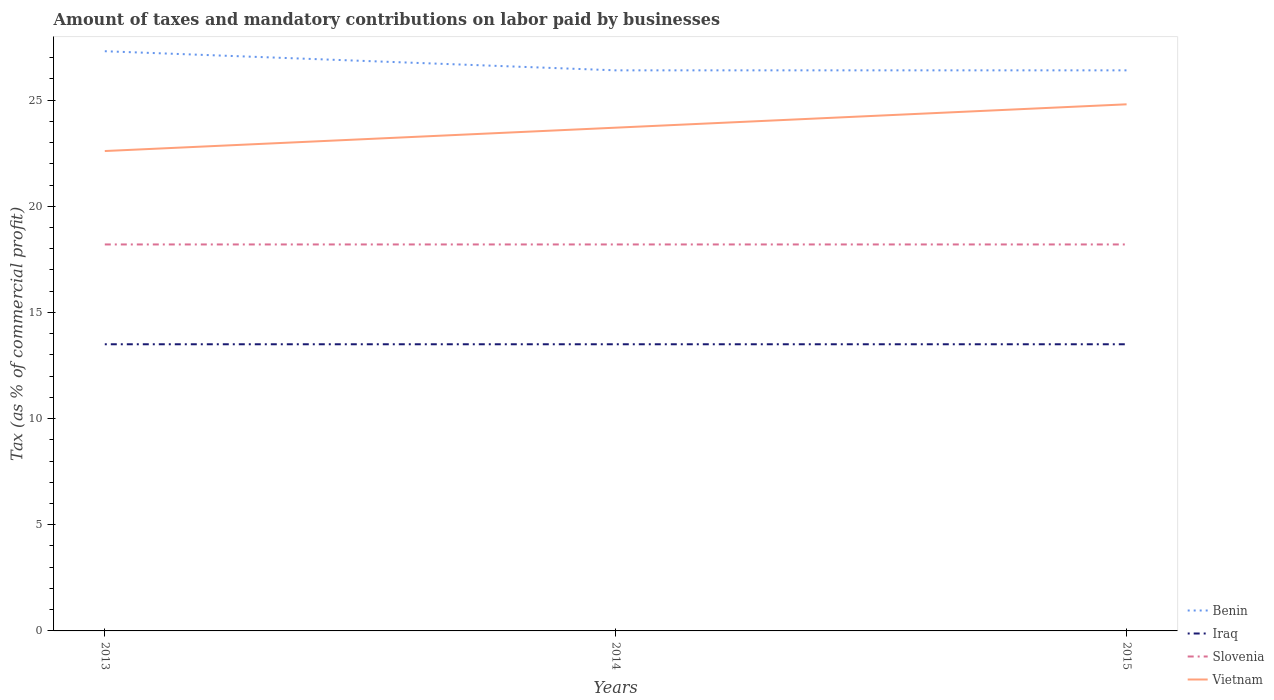
| Years | Benin | Iraq | Slovenia | Vietnam |
 | --- | --- | --- | --- | --- |
 | 2013 | 27.3 | 13.5 | 18.2 | 22.6 |
 | 2014 | 26.4 | 13.5 | 18.2 | 23.7 |
 | 2015 | 26.4 | 13.5 | 18.2 | 24.8 |